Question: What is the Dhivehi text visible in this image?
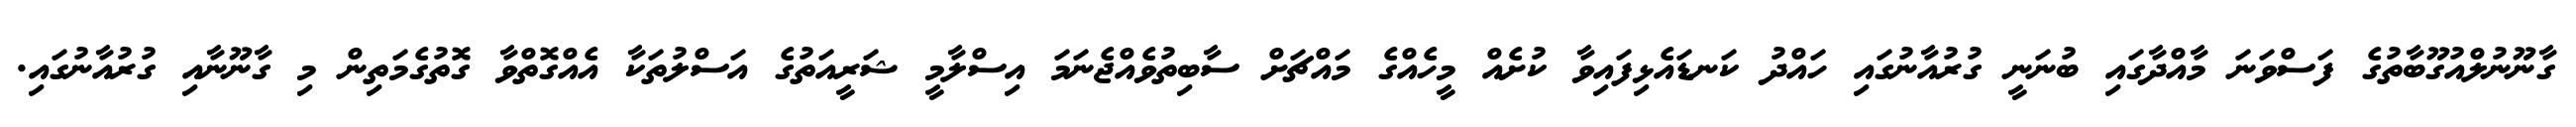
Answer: ގާނޫނުލްއުގޫބާތުގެ ފަސްވަނަ މާއްދާގައި ބުނަނީ ގުރުއާނުގައި ހައްދު ކަނޑައެޅިފައިވާ ކުށެއް މީހެއްގެ މައްޗަށް ސާބިތުވެއްޖެނަމަ އިސްލާމީ ޝަރީއަތުގެ އަސްލުތަކާ އެއްގޮތްވާ ގޮތުގެމަތިން މި ގާނޫނާއި ގުރުއާނުގައި.